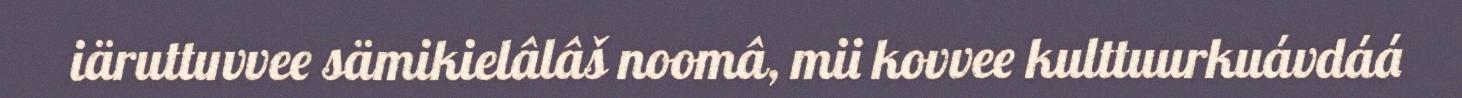
iäruttuvvee sämikielâlâš noomâ, mii kovvee kulttuurkuávdáá